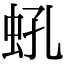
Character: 𧉔